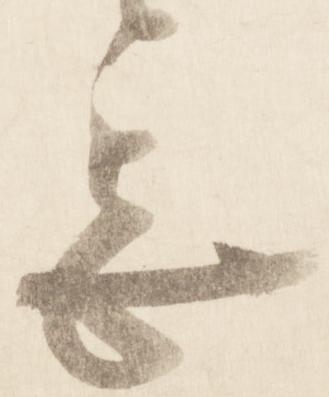
甚